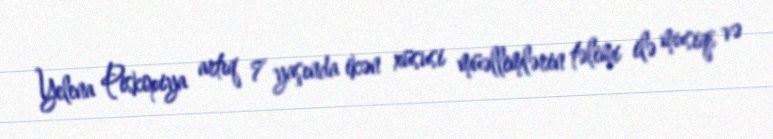
Yelena Piskopiya artıq 7 yaşında ikən xüsusi müəllimlərin təlimi ilə musiqi və